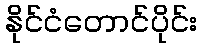
နိုင်ငံတောင်ပိုင်း